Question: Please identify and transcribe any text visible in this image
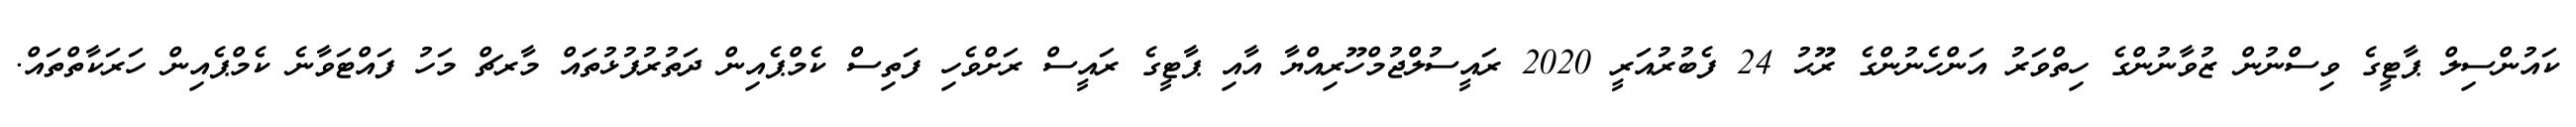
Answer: ކައުންސިލް ޕާޓީގެ ވިސްނުން ޒުވާނުންގެ ހިތްވަރު އަންހެނުންގެ ރޫޙު 24 ފެބުރުއަރީ 2020 ރައީސުލްޖުމްހޫރިއްޔާ އާއި ޕާޓީގެ ރައީސް ރަށްވެހި ފަތިސް ކެމްޕެއިން ދަތުރުފުޅުތައް މާރޗް މަހު ފައްޓަވާނެ ކެމްޕެއިން ހަރަކާތްތައް.